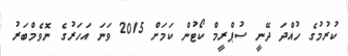
ކުރުމުގެ ހުއްދަ ދޭނީ ސުޕްރީމް ކޯޓުން ކަމަށް 2015 ވަނަ އަހަރުގެ ނޮވެމްބަރު